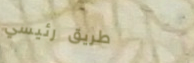
طريق رئيسي